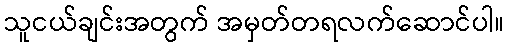
သူငယ်ချင်းအတွက် အမှတ်တရလက်ဆောင်ပါ။